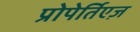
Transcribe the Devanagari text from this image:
प्रोपेर्तिएज़